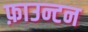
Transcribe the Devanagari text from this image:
फ़ाउन्टन